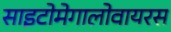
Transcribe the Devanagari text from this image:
साइटोमेगालोवायरस